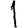
Digit: 1